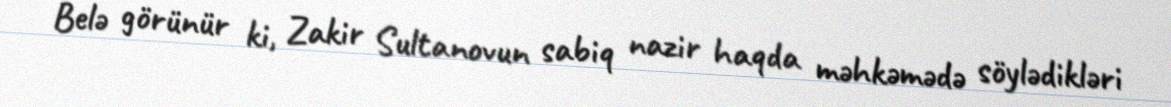
Belə görünür ki, Zakir Sultanovun sabiq nazir haqda məhkəmədə söylədikləri